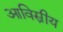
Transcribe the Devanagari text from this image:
आविस्नीय